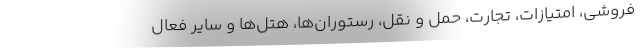
فروشی، امتیازات، تجارت، حمل و نقل، رستوران‌ها، هتل‌ها و سایر فعال